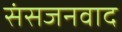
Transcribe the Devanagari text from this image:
संसजनवाद